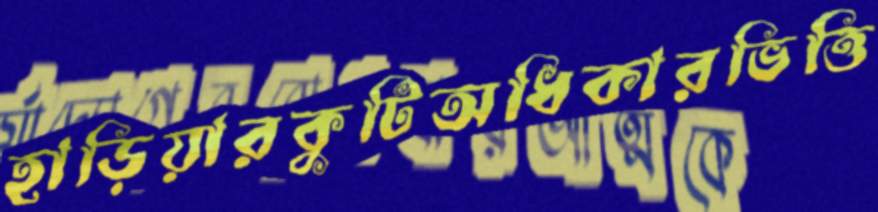
হাড়িয়ারকুটিঅধিকারভিত্তি